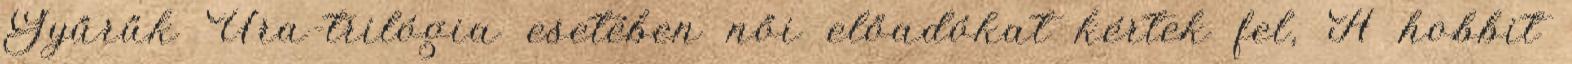
Gyűrűk Ura-trilógia esetében női előadókat kértek fel, A hobbit